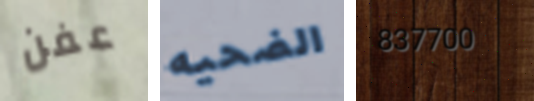
عفن الضحيه 837700